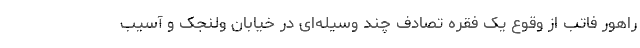
راهور فاتب از وقوع یک فقره تصادف چند وسیله‌ای در خیابان ولنجک و آسیب